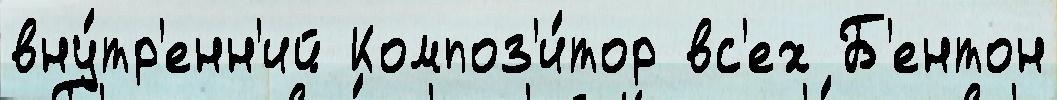
вну́тр'енн'ий Композ'и́тор вс'ех Б'ентон